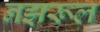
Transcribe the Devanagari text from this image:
नझरूल